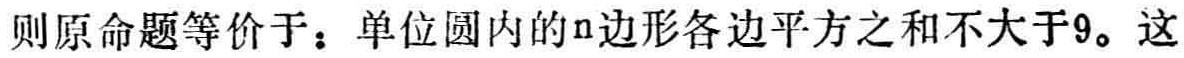
则原命题等价于：单位圆内的\(n\)边形各边平方之和不大于\(9\)。这